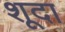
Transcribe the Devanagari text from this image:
शूदा